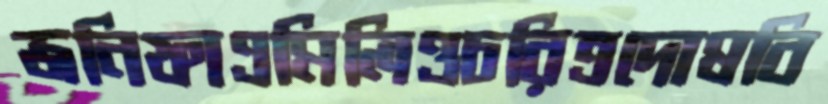
জনিফাএমিলিওচরিত্রদোষবি